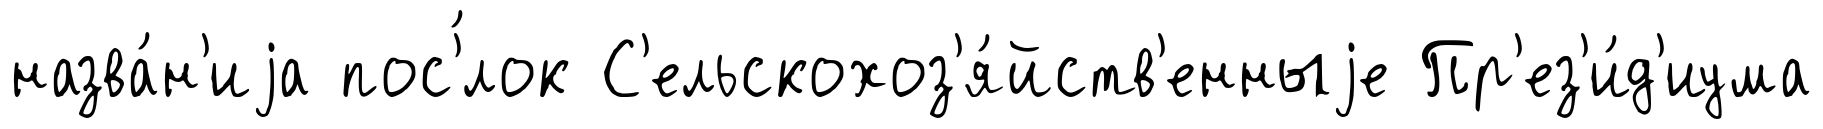
назва́н'иjа пос'́лок С'ельскохоз'я́йств'енныjе Пр'ез'и́д'иума